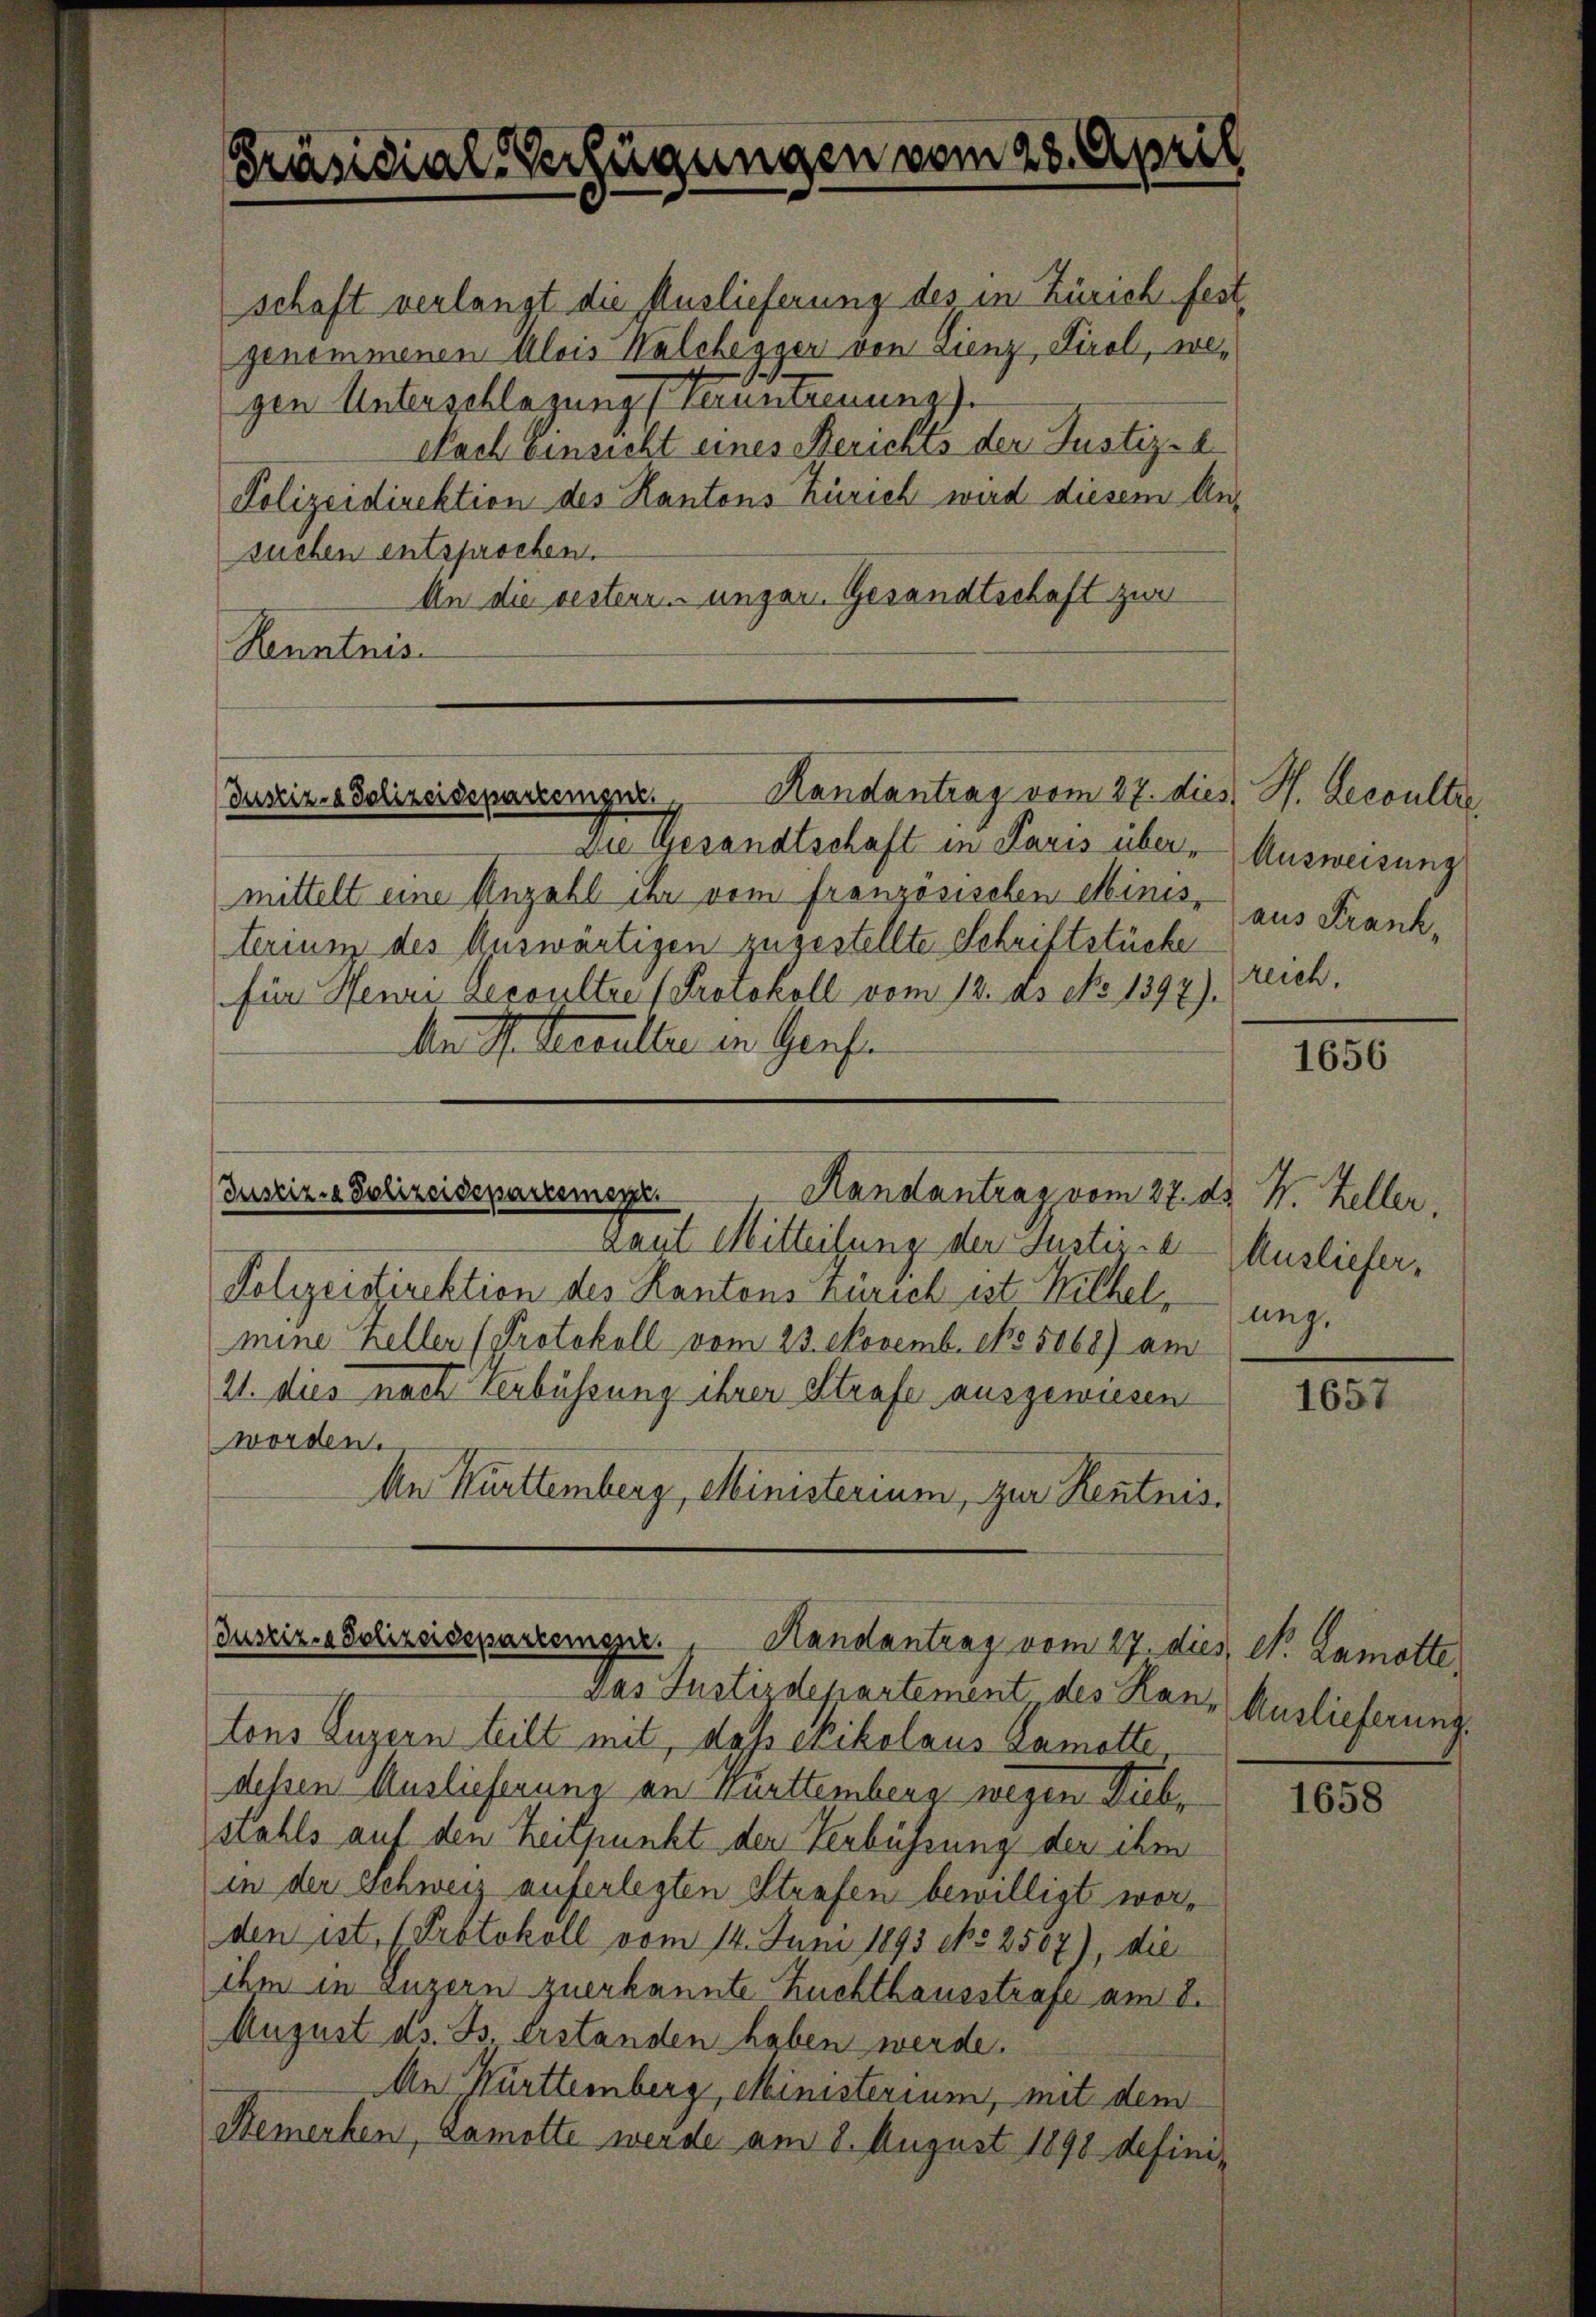
Präsidial-Verfügungen vom 28. April

schaft verlangt die Auslieferung des in Zürich fest,
genommenen Alois Walchegger von Lienz, Tirol, wegen Unterschlagung Verunternung).
Nach Einsicht eines Berichts der Justiz-C
Polizeidirektion des Kantons Zürich wird diesem Ansuchen entsprochen.
An die besteren ungar. Gesandtschaft zwei
Renntnis

Die Gesandtschaft in Paris übermittelt eine Anzahl der vom französischen Minis, aus Frank,
terium des Auswärtigen zugestellte Schriftstücke
für Heure Gecoultre (Protokoll vom 12. ds No 1397).
An N. Resultier in Genfe
(Justizia Polizeidepartement.
Handantrag vom 27. ds. w. Keller,
kaut Mitteilung der Justizie
Polizeistirektion des Kantons Zürich ist. Wilhel
mine Keller (Protokoll vom 23. Novemb. No. 5068) am
21. dies nach Verbüssung ihrer Strafe ausgewiesen
worden.
An Kurttemberg, Ministerium, zur Kentnis.

Justiz- & Polizeiseparzemgne. Handantrag vom 27. dies St. Gesoulter

Jusziz-Adelizeidepartemene Handantrag vom 27. dies, Dr. Lamotte

das Justizdepartement des Ran, Auslieferung.
tons Luzern teilt mit, dass exikolaus Zamotte
dessen Auslieferung an Württemberg wegen Diebstahls auf den Zeitpunkt der Verbührung der ihm
in der Schweiz auferlegten Strafen bewilligt worden ist, (Protokoll vom 14. Juni 1893 No 2507), die
ihm in Luzern zuerkannte Zuchthausstrafe am 8.
August ds. B. Erstanden haben werde.
An Württemberg, Ministerium, mit dem
Remerken, Lamotte werde am 8. August 1898 defini-

Ausweisung
reich.

1656

Ausliefer,
ung.

1657

1658